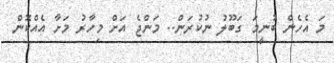
މަ އެހެން ބުނީމަ ގަބޫލު ނުކުރަން.. މަންޖެ އަށް މިހާރު މަށާ އެއްކޮން